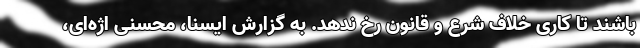
باشند تا کاری خلاف شرع و قانون رخ ندهد. به گزارش ایسنا، محسنی اژه‌ای،